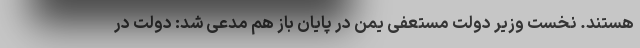
هستند. نخست وزیر دولت مستعفی یمن در پایان باز هم مدعی شد: دولت در